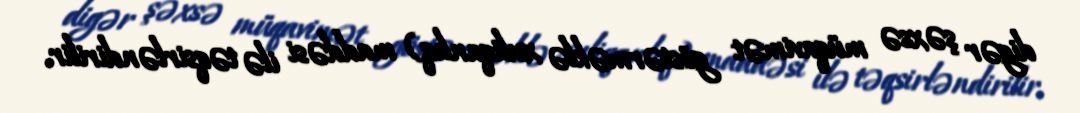
digər şəxsə müqavimət göstərməklə xuliqanlıq) maddəsi ilə təqsirləndirilir.